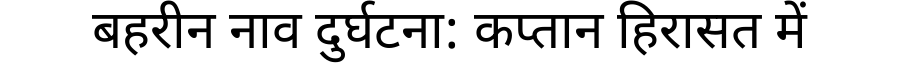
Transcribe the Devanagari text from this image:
बहरीन नाव दुर्घटना: कप्तान हिरासत में